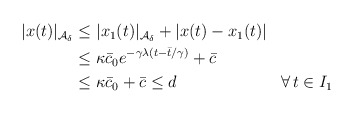
\begin{align*}\begin{aligned}|x(t)|_{\mathcal{A}_\delta} &\le |x_1(t)|_{\mathcal{A}_\delta} + |x(t)-x_1(t)| \\&\le \kappa \bar c_0 e^{-\gamma \lambda (t-\bar{t}/\gamma)} + \bar c \\&\le \kappa \bar c_0+\bar c \leq d && \forall \, t \in I_1\end{aligned}\end{align*}